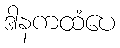
ဒါနကထံပေ